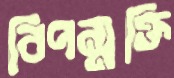
বিপন্মুক্তি